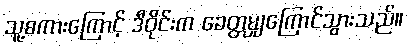
သူ့စကားကြောင့် ဒီဝိုင်းက ခေတ္တမျှကြောင်သွားသည်။